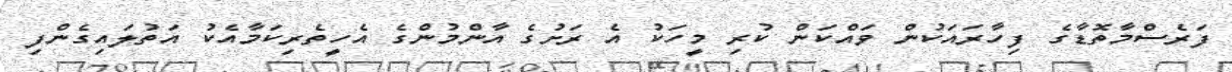
ފަރެސްމާތޮޑާގެ ފިހާރައަކުން ވައްކަން ކުރި މީހަކު އެ ރަށުގެ އާންމުންގެ އެހީތެރިކަމާއެކު އަތުލައިގެންފި